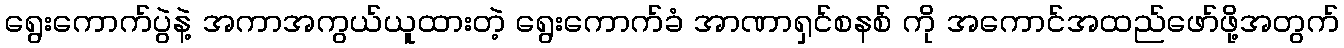
ရွေးကောက်ပွဲနဲ့ အကာအကွယ်ယူထားတဲ့ ရွေးကောက်ခံ အာဏာရှင်စနစ် ကို အကောင်အထည်ဖော်ဖို့အတွက်